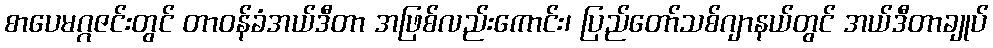
စာပေမဂ္ဂဇင်းတွင် တာဝန်ခံအယ်ဒီတာ အဖြစ်လည်းကောင်း၊ ပြည်တော်သစ်ဂျာနယ်တွင် အယ်ဒီတာချုပ်